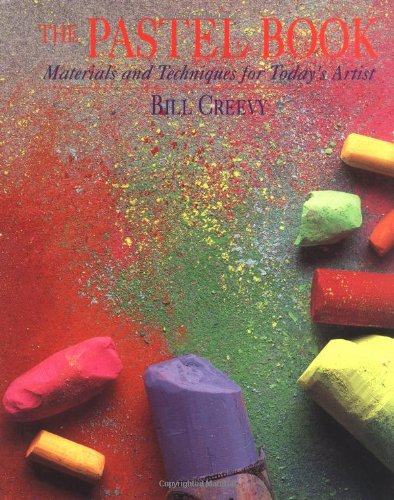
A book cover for The Pastel Book; Bill Creevy; Arts & Photography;